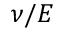
\nu / E